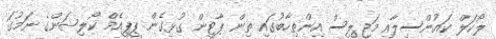
ލޯކަލް ކައުންސިލާއި މަޖިލިސް އިންތިހާބުގައި ތިން ޕާޓީން ގުޅިގެން ޕީޕީއެމް ކޯލިޝަންގެ ނަމުގަ